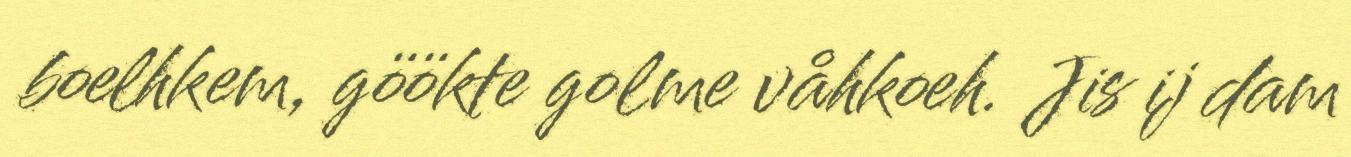
boelhkem, göökte golme våhkoeh. Jis ij dam